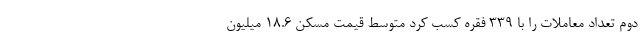
دوم تعداد معاملات را با ۳۳۹ فقره کسب کرد متوسط قیمت مسکن ۱۸.۶ میلیون